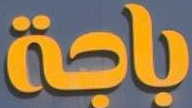
äob